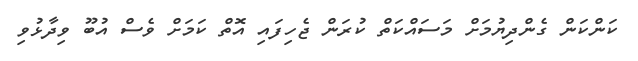
ކަންކަން ގެންދިޔުމަށް މަސައްކަތް ކުރަން ޖެހިފައި އޮތް ކަމަށް ވެސް އުބޫ ވިދާޅުވި